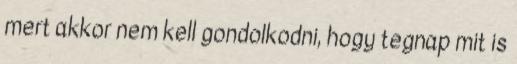
mert akkor nem kell gondolkodni, hogy tegnap mit is